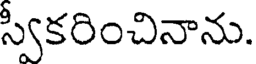
స్వీకరించినాను.